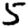
Digit: 5